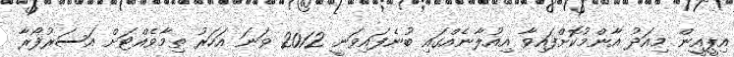
އިޕީއީން މިއަދު އާންމުކޮށްފައިވާ އިއުލާނެއްގައި ބުނެފައިވަނީ 2012 ވަނަ އަހަރު ތިމާވެއްޓަށް އަސަރުފޯރާ